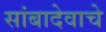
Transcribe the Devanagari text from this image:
सांबादेवाचे